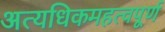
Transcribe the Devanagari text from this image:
अत्यधिकमहत्वपूर्ण